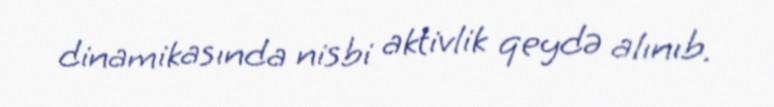
dinamikasında nisbi aktivlik qeydə alınıb.